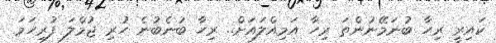
ކައިރީ ރިހާ ބުނަމޭނުންތަ ރިހާ އަމިއްލައަށް.. ރިހާ ބުނެބުނެ ހުރި ޖުމްލަ ފުރިހަމަ